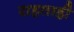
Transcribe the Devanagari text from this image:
राहताही